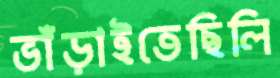
ভাঁড়াইতেছিলি